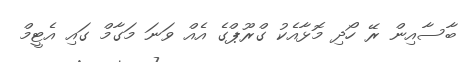
ބާސާއިން ރޭ ހޯދި މޮޅާއެކު ގްރޫޕްގެ އެއް ވަނަ މަގާމް ގައި އެޓީމް